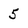
Character: 5